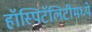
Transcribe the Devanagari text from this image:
हॉस्पिटॅलिटीमध्ये